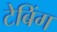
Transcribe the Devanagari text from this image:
टेबिंग